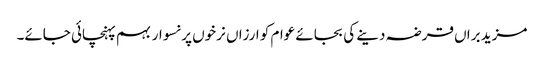
مزید براں قرضہ دینے کی بجائے عوام کو ارزاں نرخوں پر نسوار بہم پہنچائی جائے۔